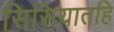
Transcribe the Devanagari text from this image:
सिसियातहि